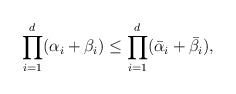
\begin{align*}\prod_{i=1}^d(\alpha_i+\beta_i)\le \prod_{i=1}^d(\bar{\alpha}_i+\bar{\beta}_i),\end{align*}